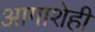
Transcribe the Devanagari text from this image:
आगाशेही